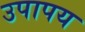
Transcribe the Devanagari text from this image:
उपापय